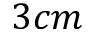
3 c m